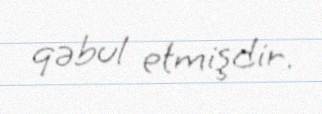
qəbul etmişdir.